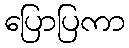
ပြောပြကာ